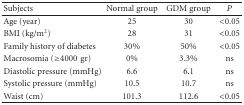
| Subjects | Normal group | GDM group | P |
 | --- | --- | --- | --- |
 | Age (year) | 25 | 30 | <0.05 |
 | BMI (kg/m2) | 28 | 31 | <0.05 |
 | Family history of diabetes | 30% | 50% | <0.05 |
 | Macrosomia (≥4000gr) | 0% | 3.3% | ns |
 | Diastolic pressure (mmHg) | 6.6 | 6.1 | ns |
 | Systolic pressure (mmHg) | 10.5 | 10.7 | ns |
 | Waist (cm) | 101.3 | 112.6 | <0.05 |